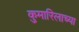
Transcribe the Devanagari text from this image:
कुमारिलाच्या